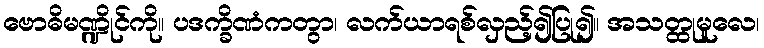
ဗောဓိမဏ္ဍိုင်ကို။ ပဒက္ခိဏံကတွာ၊ လက်ယာရစ်လှည့်၍ပြု၍။ အသတ္ထုမူလေ၊